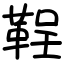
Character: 鞓